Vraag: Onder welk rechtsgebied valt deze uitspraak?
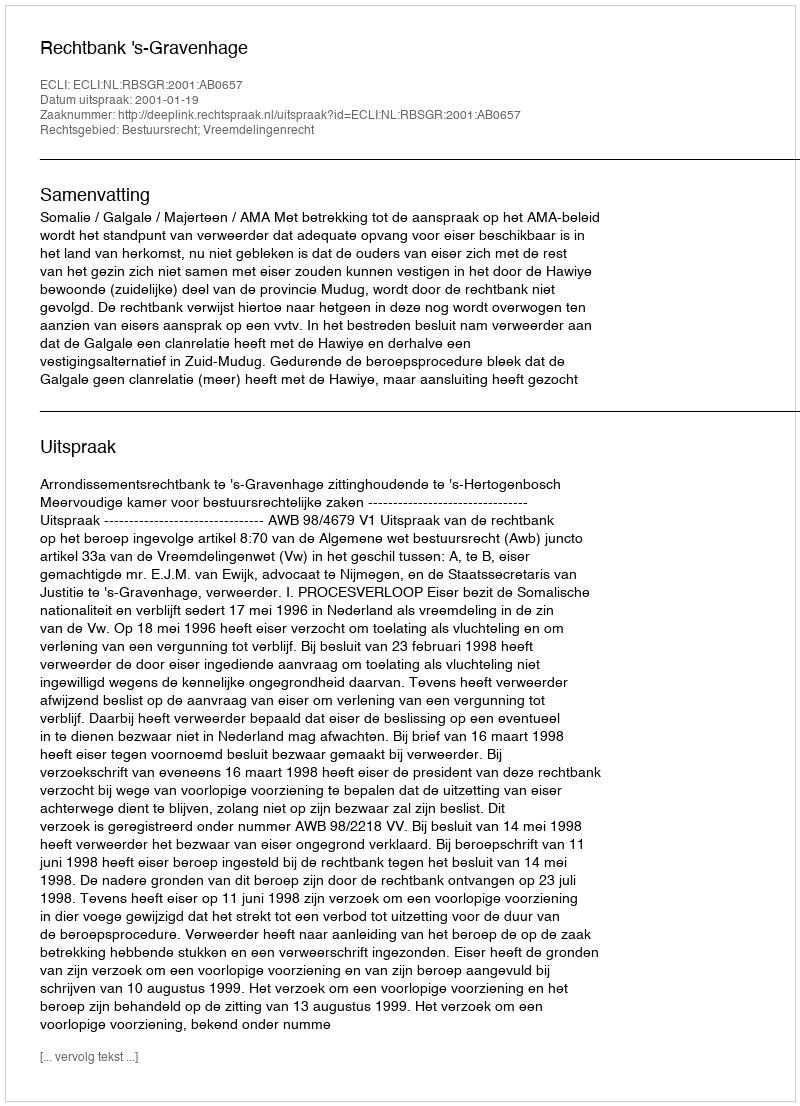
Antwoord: Bestuursrecht; Vreemdelingenrecht